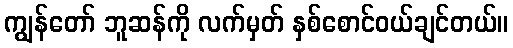
ကျွန်တော် ဘူဆန်ကို လက်မှတ် နှစ်စောင်ဝယ်ချင်တယ်။